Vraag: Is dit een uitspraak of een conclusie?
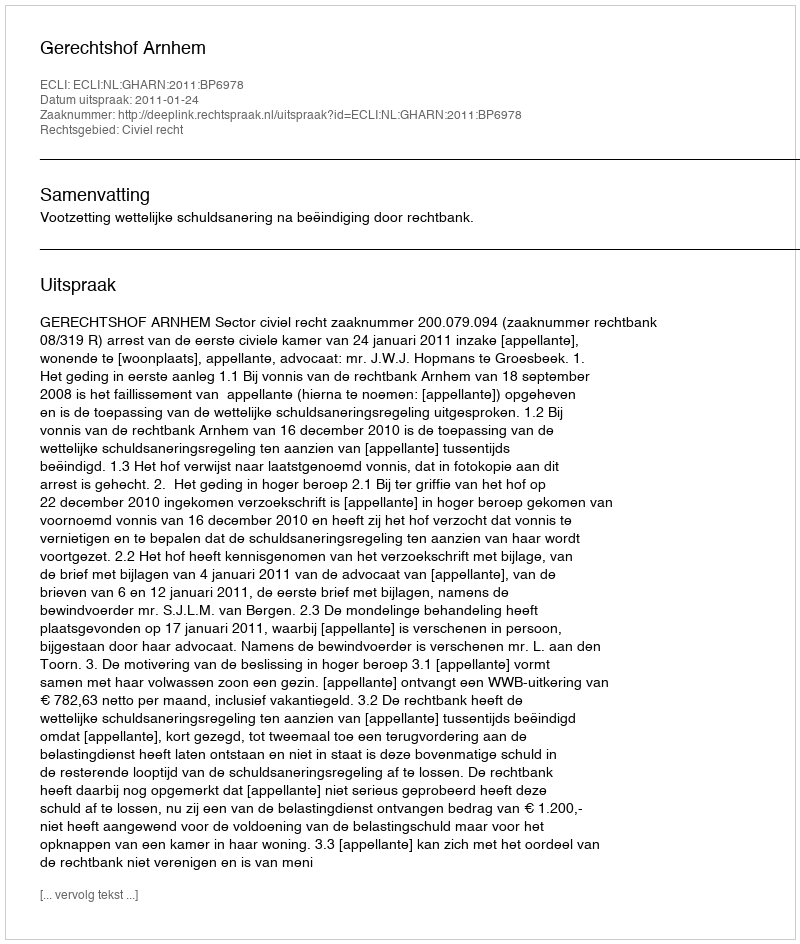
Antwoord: Uitspraak